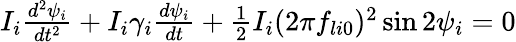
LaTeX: \begin{array}{r}{I_{i}\frac{d^{2}\psi_{i}}{dt^{2}}+I_{i}\gamma_{i}\frac{d\psi_{i}}{dt}+\frac{1}{2}I_{i}(2\pi f_{li0})^{2}\sin 2\psi_{i}=0}\end{array}